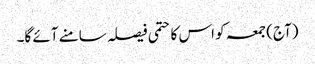
(آج) جمعہ کو اس کا حتمی فیصلہ سامنے آئے گا۔